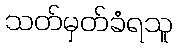
သတ်မှတ်ခံရသူ